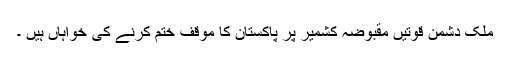
ملک دشمن قوتیں مقبوضہ کشمیر پر پاکستان کا موقف ختم کرنے کی خواہاں ہیں ۔